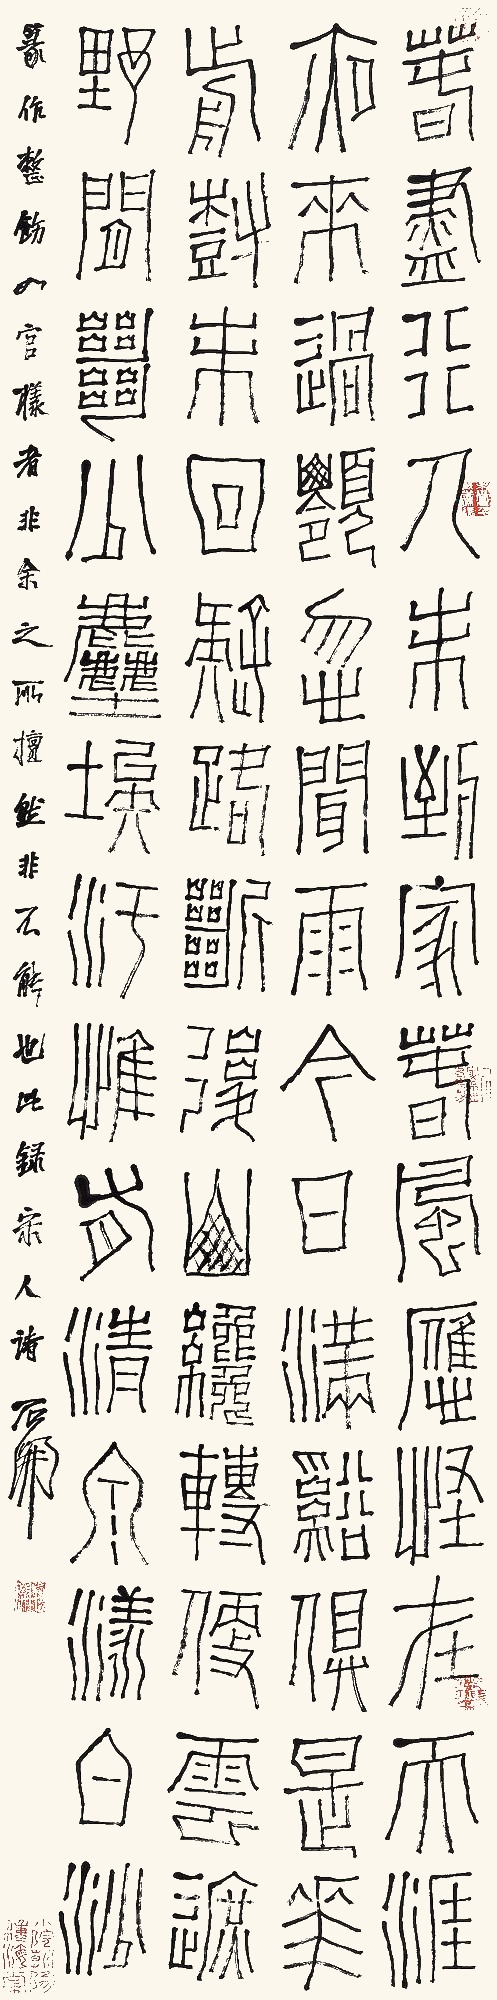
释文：春尽行人未到家，春风应怪在天涯。夜来过岭忽闻雨，今日满溪俱是花。前树未回疑路断，后山才转便云遮。野间绝少尘埃污，惟有清泉漾白沙。篆作整饬如官样者，非余之所擅然非不能也。此录宋人诗。石开。